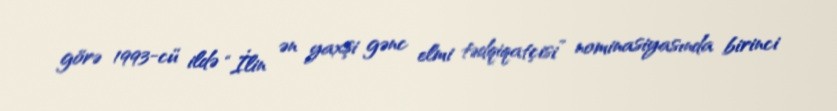
görə 1993-cü ildə “İlin ən yaxşi gənc elmi tədqiqatçisi” nominasiyasında birinci